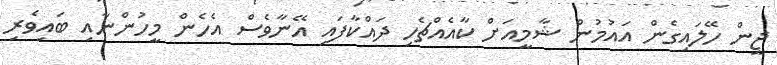
ޖީން ހޭލައިގެން އައުމުން ޝާމީއަށް ކާއެއްޗެހި ދައްކާފައި އޭނާވެސް އެހެން މީހުންނާއި ބައިވެރި